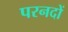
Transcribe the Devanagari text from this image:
परनदों